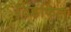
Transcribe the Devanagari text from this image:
टिडफिल